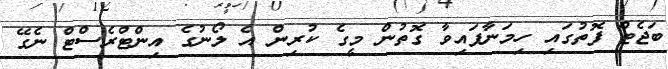
ބަޖެޓް ފޮތުގައި ހިމަނާފައިވާ ގޮތުން މީގެ ކުރިން އެ ލޯނުގެ އިންޓްރެސްޓް ނެގޭ